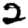
Digit: 2